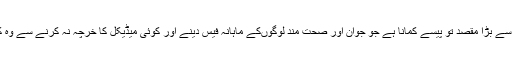
ان کا سب سے بڑا مقصد تو پیسے کمانا ہے جو جوان اور صحت مند لوگوں‌کے ماہانہ فیس دینے اور کوئی میڈیکل کا خرچہ نہ کرنے سے وہ کمائیں‌گے۔